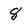
Character: 8